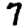
Digit: 7